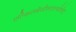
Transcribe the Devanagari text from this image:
एल्किलबेंजीनसल्फोनेट